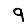
Digit: 9